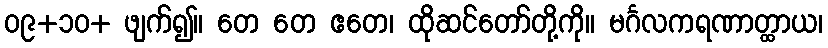
၀၉+၁၀+ ဖျက်၍။ တေ တေ ဧတေ၊ ထိုဆင်တော်တို့ကို။ မင်္ဂလကရဏာတ္ထာယ၊